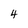
Character: 4